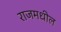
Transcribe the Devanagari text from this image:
राजमधील